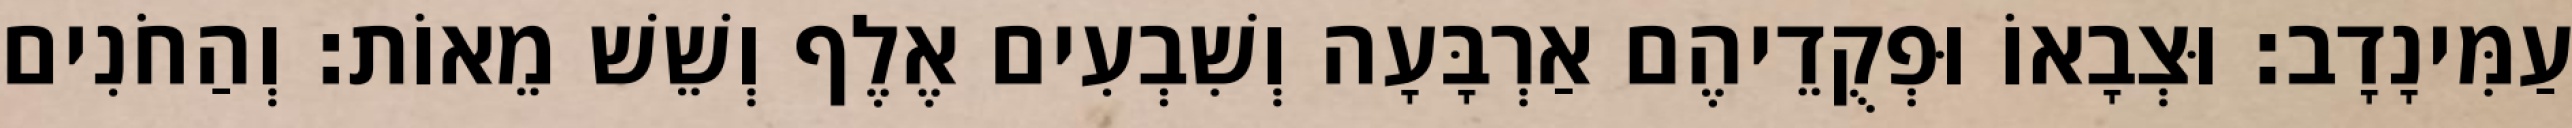
עַמִּינָדָב׃ וּצְבָאוֹ וּפְקֻדֵיהֶם אַרְבָּעָה וְשִׁבְעִים אֶלֶף וְשֵׁשׁ מֵאוֹת׃ וְהַחֹנִים